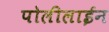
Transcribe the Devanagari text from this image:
पोलीलाईन